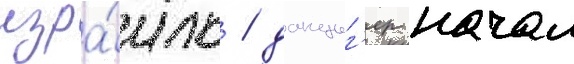
изра́иль / данциг'ер начал